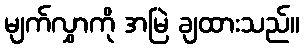
မျက်လွှာကို အမြဲ ချထားသည်။